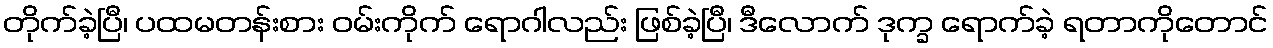
တိုက်ခဲ့ပြီ၊ ပထမတန်းစား ဝမ်းကိုက် ရောဂါလည်း ဖြစ်ခဲ့ပြီ၊ ဒီလောက် ဒုက္ခ ရောက်ခဲ့ ရတာကိုတောင်